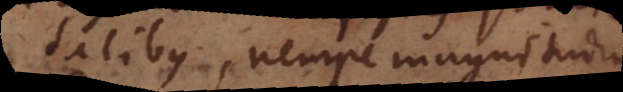
qualitatibus, nempe magnitudine